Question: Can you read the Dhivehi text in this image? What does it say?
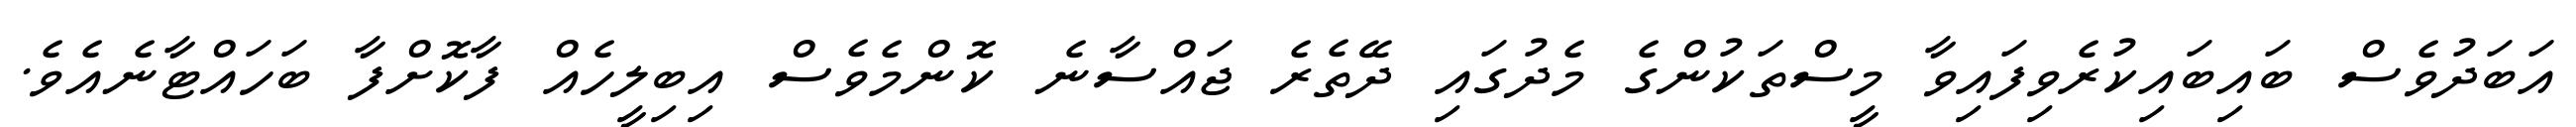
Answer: އަބަދުވެސް ބައިބައިކުރެވިފައިވާ މީސްތަކުންގެ މެދުގައި ދޭތެރެ ޖައްސާނެ ކޮންމެވެސް އިބިލީހެއް ފާކޮށްފާ ބަހައްޓާނެއެވެ.